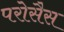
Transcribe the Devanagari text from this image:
परोसैस